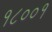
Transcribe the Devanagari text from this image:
१८००१